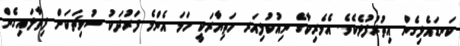
ކަނޑައެޅިގެން އިތުރުފުޅެކެވެ. އެމެރިކާގެ ނިއުކުލިއަރ ހަތިޔާރަކީ ހަމަ އެންމެ ފަރުދަކު ސުވިޗަކަށް ފިތާލައިގެން